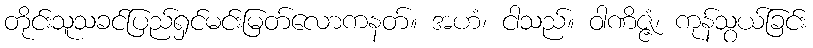
တိုင်းသူသခင်ပြည်ရှင်မင်းမြတ်လောကနတ်။ အဟံ၊ ငါသည်။ ဝါဏိဇ္ဇံ၊ ကုန်သွယ်ခြင်း